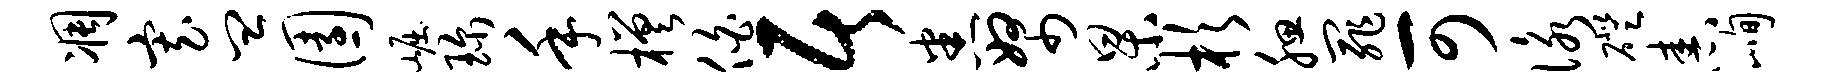
凋寡皿园崛珍手槎伯居悉帑杲杉腮罪可咏磴舂峋